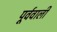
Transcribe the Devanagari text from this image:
पूर्ववाली